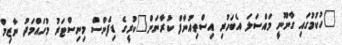
"ހުކުމުގައި ގާނޫނީ މައްސަލަ އެބަހުރި އިސްތިއުނާފް ކުރާނަން"ކުރީގެ ޑިފެންސް މިނިސްޓަރު މުހައްމަދު ނާޒިމް